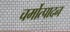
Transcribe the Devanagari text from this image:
चर्मोत्पादन